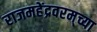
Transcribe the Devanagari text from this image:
राजमहेंद्रवरम्‌च्या